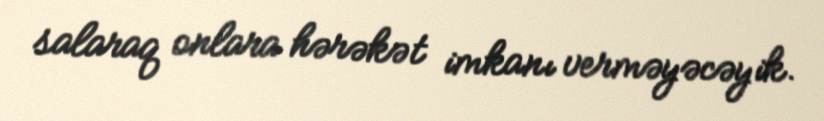
salaraq onlara hərəkət imkanı verməyəcəyik.